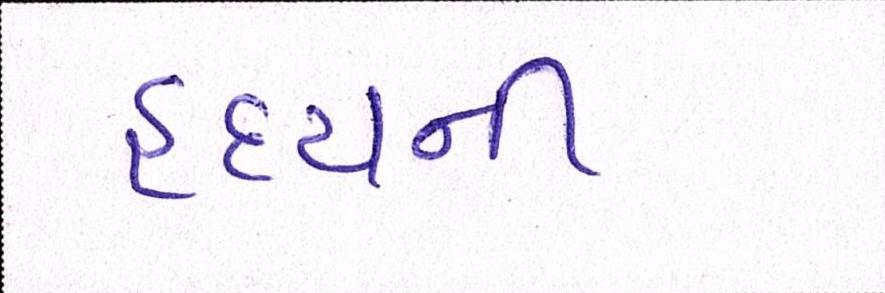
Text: હૃદયની